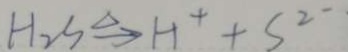
H _ { 2 } S \xrightarrow { \Delta } H ^ { + } + S ^ { 2 }